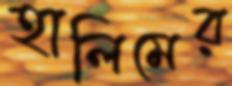
হালিমের